Papers set at the Examination for Leaving Certificates, 1895
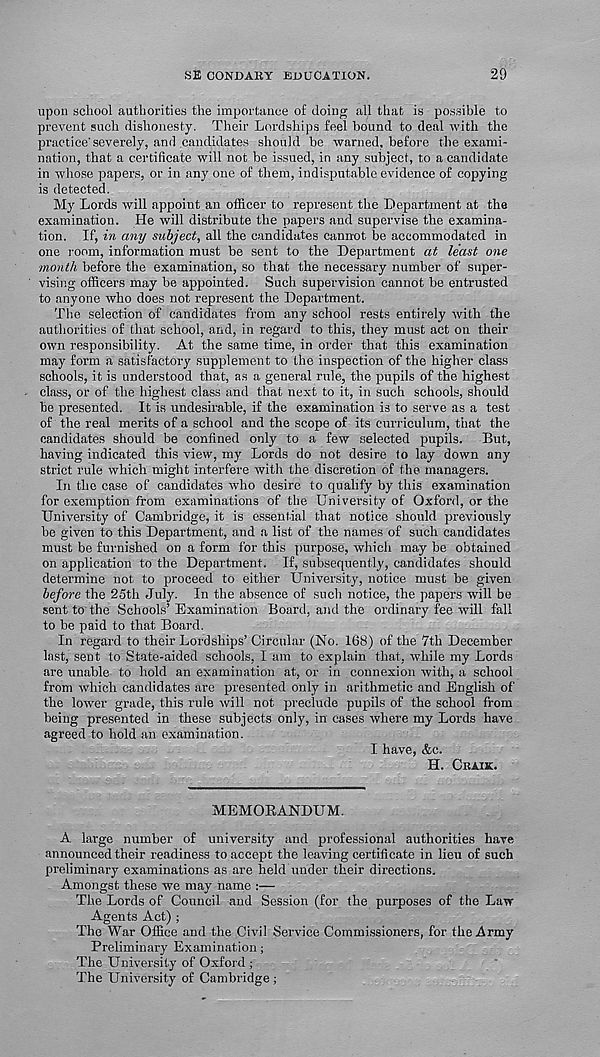
sE CONDAEY EDUCATION.
29
upon school authorities the importance of doing all that is possible to
prevent such dishonesty. Their Lordships feel bound to deal with the
practice'severely, and candidates should be warned, before the exami-
nation, that a certificate will not be issued, in any subject, to a candidate
in whose papers, or in any one of them, indisputable evidence of copying
is detected.
My Lords will appoint an officer to represent the Department at the
examination. He will distribute the papers and supervise the examina-
tion. If, in any subject, all the candidates cannot be accommodated in
one room, information must be sent to the Department at least one
month before the examination, so that the necessary number of super-
vising officers may be appointed. Such supervision cannot be entrusted
to anyone who does not represent the Department.
The selection of candidates from any school rests entirely with the
authorities of that school, and, in regard to this, they must act on their
own responsibility. At the same time, in order that this examination
may form a satisfactory supplement to the inspection of the higher class
schools, it is understood that, as a general rule, the pupils of the highest
class, or of the highest class and that next to it, in such schools, should
be presented. It is undesirable, if the examination is to serve as a test
of the real merits of a school and the scope of its curriculum, that the
candidates should be confined only to a few selected pupils.
But,
having indicated this view, my Lords do not desire to lay down any
strict rule which might interfere with the discretion of the managers.
In the case of candidates who desire to qualify by this examination
for exemption from examinations of the University of Oxford, or the
University of Cambridge, it is essential that notice should previously
be given to this Department, and a list of the names of such candidates
must be furnished on a form for this purpose, which may be obtained
on application to the Department. If, subsequently, candidates should
determine not to proceed to either University, notice must be given
before the 25th July. In the absence of such notice, the papers will be
sent to the Schools’Examination Board, and the ordinary fee will fall
to be paid to that Board.
In regard to their Lordships’ Circular (No. 168) of the 7th December
last, sent to State-aided schools, I am to explain that, while my Lords
are unable to hold an examination at, or in connexion with, a school
from which candidates are presented only in arithmetic and English of
the lower grade, this rule will not preclude pupils of the school from
being presented in these subjects only, in cases where my Lords have
agreed to hold an examination.
I have, &c.
H. CRAIJE.
MEMORANDUM.
A large number of university and professional authorities have
announced their readiness to accept the leaving certificate in lieu of such
preliminary examinations as are held under their directions.
Amongst these we may name :—
The Lords of Council and Session (for the purposes of the Law
Agents Act) ;
The War Office and the Civil Service Commissioners, for the Army
Preliminary Examination;
The University of Oxford ;
The University of Cambridge;